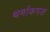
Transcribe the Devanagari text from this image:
थर्माकपल